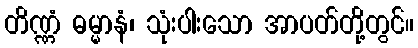
တိဏ္ဏံ ဓမ္မာနံ၊ သုံးပါးသော အာပတ်တို့တွင်။